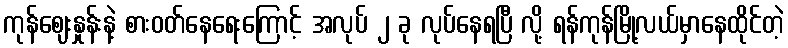
ကုန်ဈေးနှုန်းနဲ့ စားဝတ်နေရေးကြောင့် အလုပ် ၂ ခု လုပ်နေရပြီ လို့ ရန်ကုန်မြို့လယ်မှာနေထိုင်တဲ့